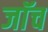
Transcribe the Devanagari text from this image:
जाॅच